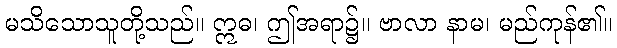
မသိသောသူတို့သည်။ ဣဓ၊ ဤအရာ၌။ ဗာလာ နာမ၊ မည်ကုန်၏။